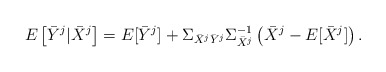
\begin{align*}E\left[ \bar{Y}^j | \bar{X} ^j \right] = E[\bar{Y}^j] + \Sigma_ {\bar{X}^j \bar{Y}^j} \Sigma _{\bar{X}^j} ^{-1} \left( \bar{X}^j - E [\bar{X}^j] \right). \end{align*}